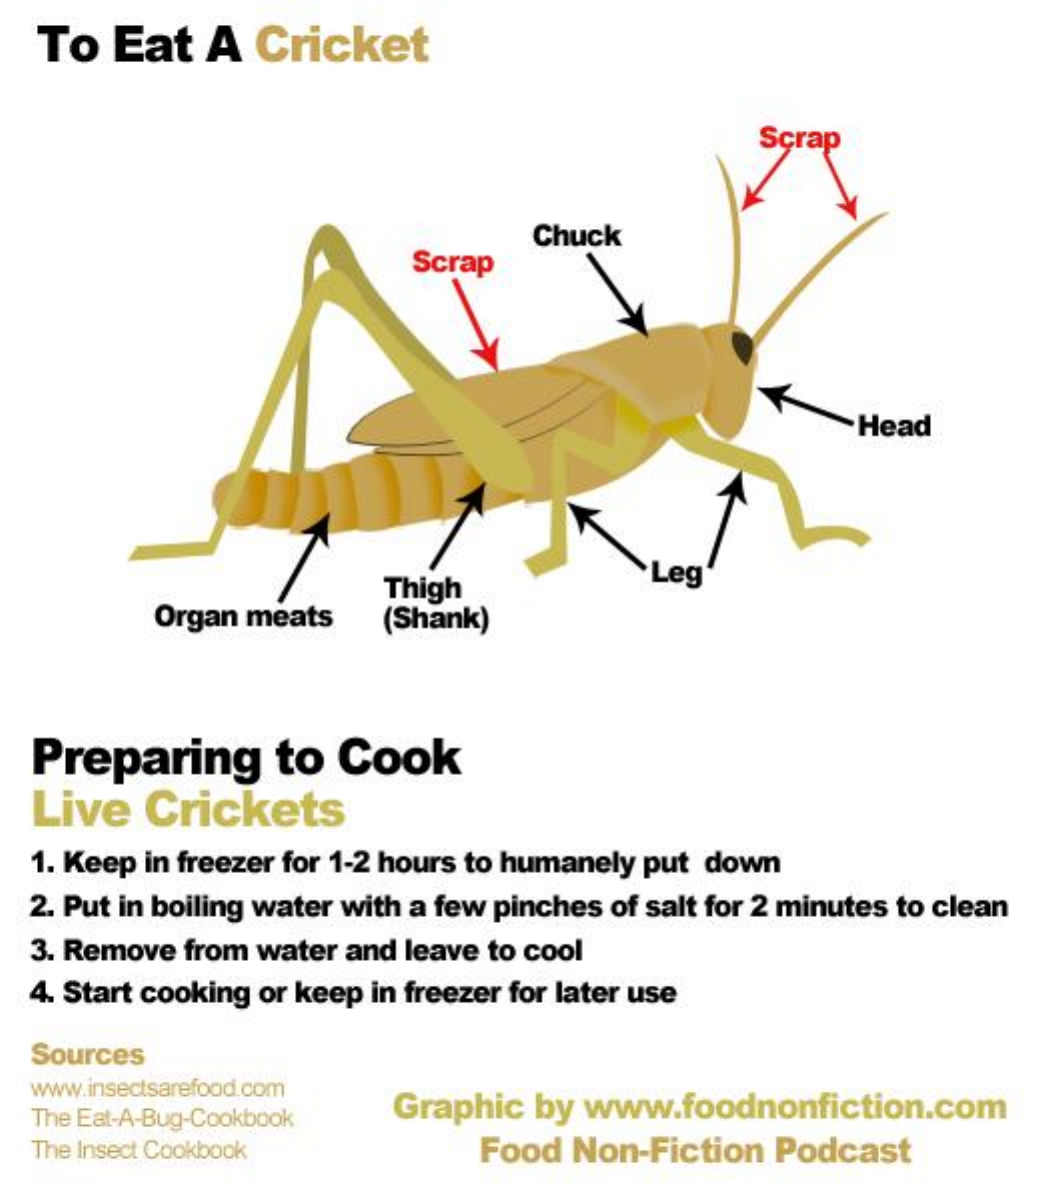
To   Eat  A  Cricket
     Scrap
     Scrap
     Chuck
     Head
     Thigh
     Leg
     Organ meats   (Shank)
  Preparing    to  Cook
  Live   Crickets
  1. Keep in freezer for 1-2 hours to humanely put down
  2. Put in boiling water with a few pinches of salt for 2 minutes to clean
  3. Remove from water and leave to cool
  4. Start cooking or keep in freezer for later use
  Sources
  www.insectsarefood.com
  The Eat-A-Bug-Cookbook Graphic by www.foodnonfiction.com
  The Insect Cookbook    Food Non-Fiction Podcast